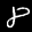
Label: 8